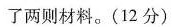
了两则材料。(12分)